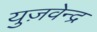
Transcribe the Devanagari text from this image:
युज़वेन्द्र